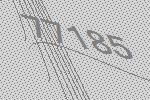
77185